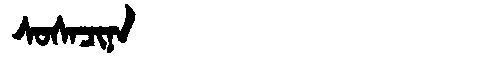
Manchu: ᠰᠣᠰᠠᠴᡳᠨᠠ
Romanization: SOSACINA